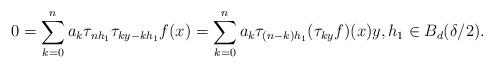
LaTeX: \begin{align*}0= \sum_{k=0}^na_k\tau_{nh_1}\tau_{ky-kh_1}f(x) = \sum_{k=0}^{n}a_k\tau_{(n-k)h_1}(\tau_{ky}f)(x) y,h_1\in B_{d}(\delta/2).\end{align*}